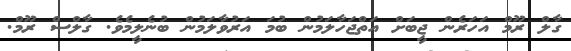
ގާލް ރޫމް އަހަރެން ޖީބަށް އަތްޖަހާލަމުން ބުމަ އަރުވާލަމުން ބުނެލީމެވެ. ގާލްސް ރޫމް.